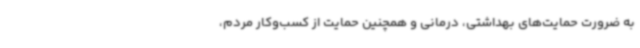
به ضرورت حمایت‌های بهداشتی، درمانی و همچنین حمایت از کسب‌وکار مردم،